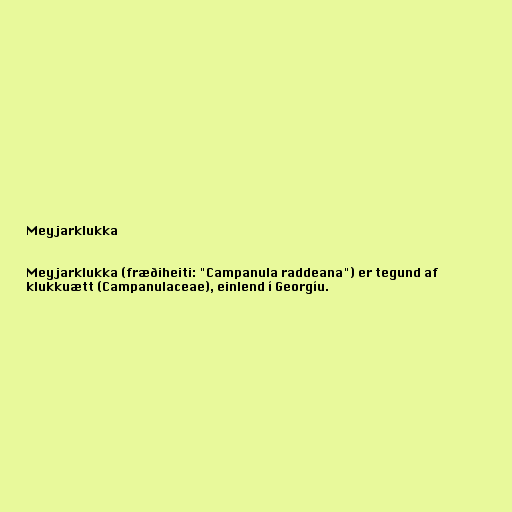
Meyjarklukka

Meyjarklukka (fræðiheiti: "Campanula raddeana") er tegund af
klukkuætt (Campanulaceae), einlend í Georgíu.